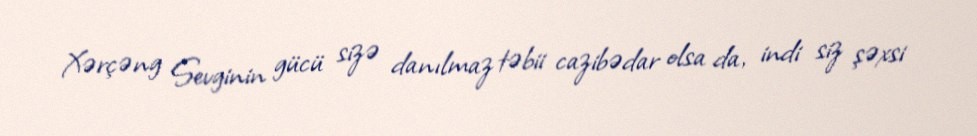
Xərçəng Sevginin gücü sizə danılmaz təbii cazibədar olsa da, indi siz şəxsi